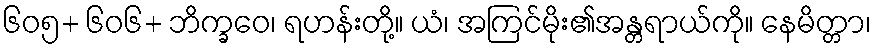
၆၀၅+ ၆၀၆+ ဘိက္ခဝေ၊ ရဟန်းတို့။ ယံ၊ အကြင်မိုး၏အန္တရာယ်ကို။ နေမိတ္တာ၊